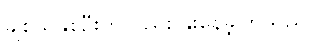
ချစ်သူနှစ်ဦးကလည်း နိုးနေခဲ့ကြသည်။